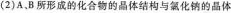
（2)A，B所形成的化合物的晶体结构与氯化钠的晶体